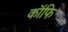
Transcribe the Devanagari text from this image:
कॉफि